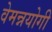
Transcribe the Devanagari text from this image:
वेमन्नयोगी